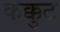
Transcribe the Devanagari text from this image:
कक्कुट